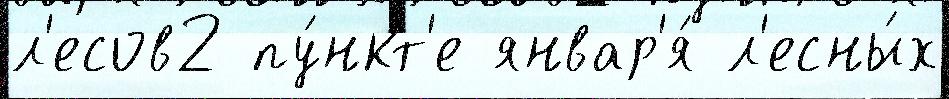
л'есов2 пу́нкт'е январ'я́ л'есны́х